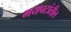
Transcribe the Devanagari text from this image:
भयपटांतील